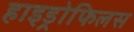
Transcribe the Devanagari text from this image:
हाइड्रोफिलस